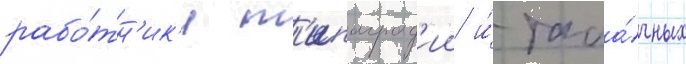
рабо́тн'ик'и т'ипограф'ии и́ таба́чных